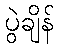
ပွဲချိန်